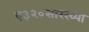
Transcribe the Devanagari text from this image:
ए३२०सारख्या